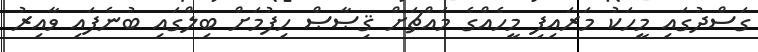
ގަސްދުގައި މީހަކު މަރައިފި މީހެއްގެ މައްޗަށް ޤިޞާޞް ހިފުމަށް ބިލްގައި ބުނެފައި ވާއިރު